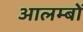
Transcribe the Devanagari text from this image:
आलम्बों